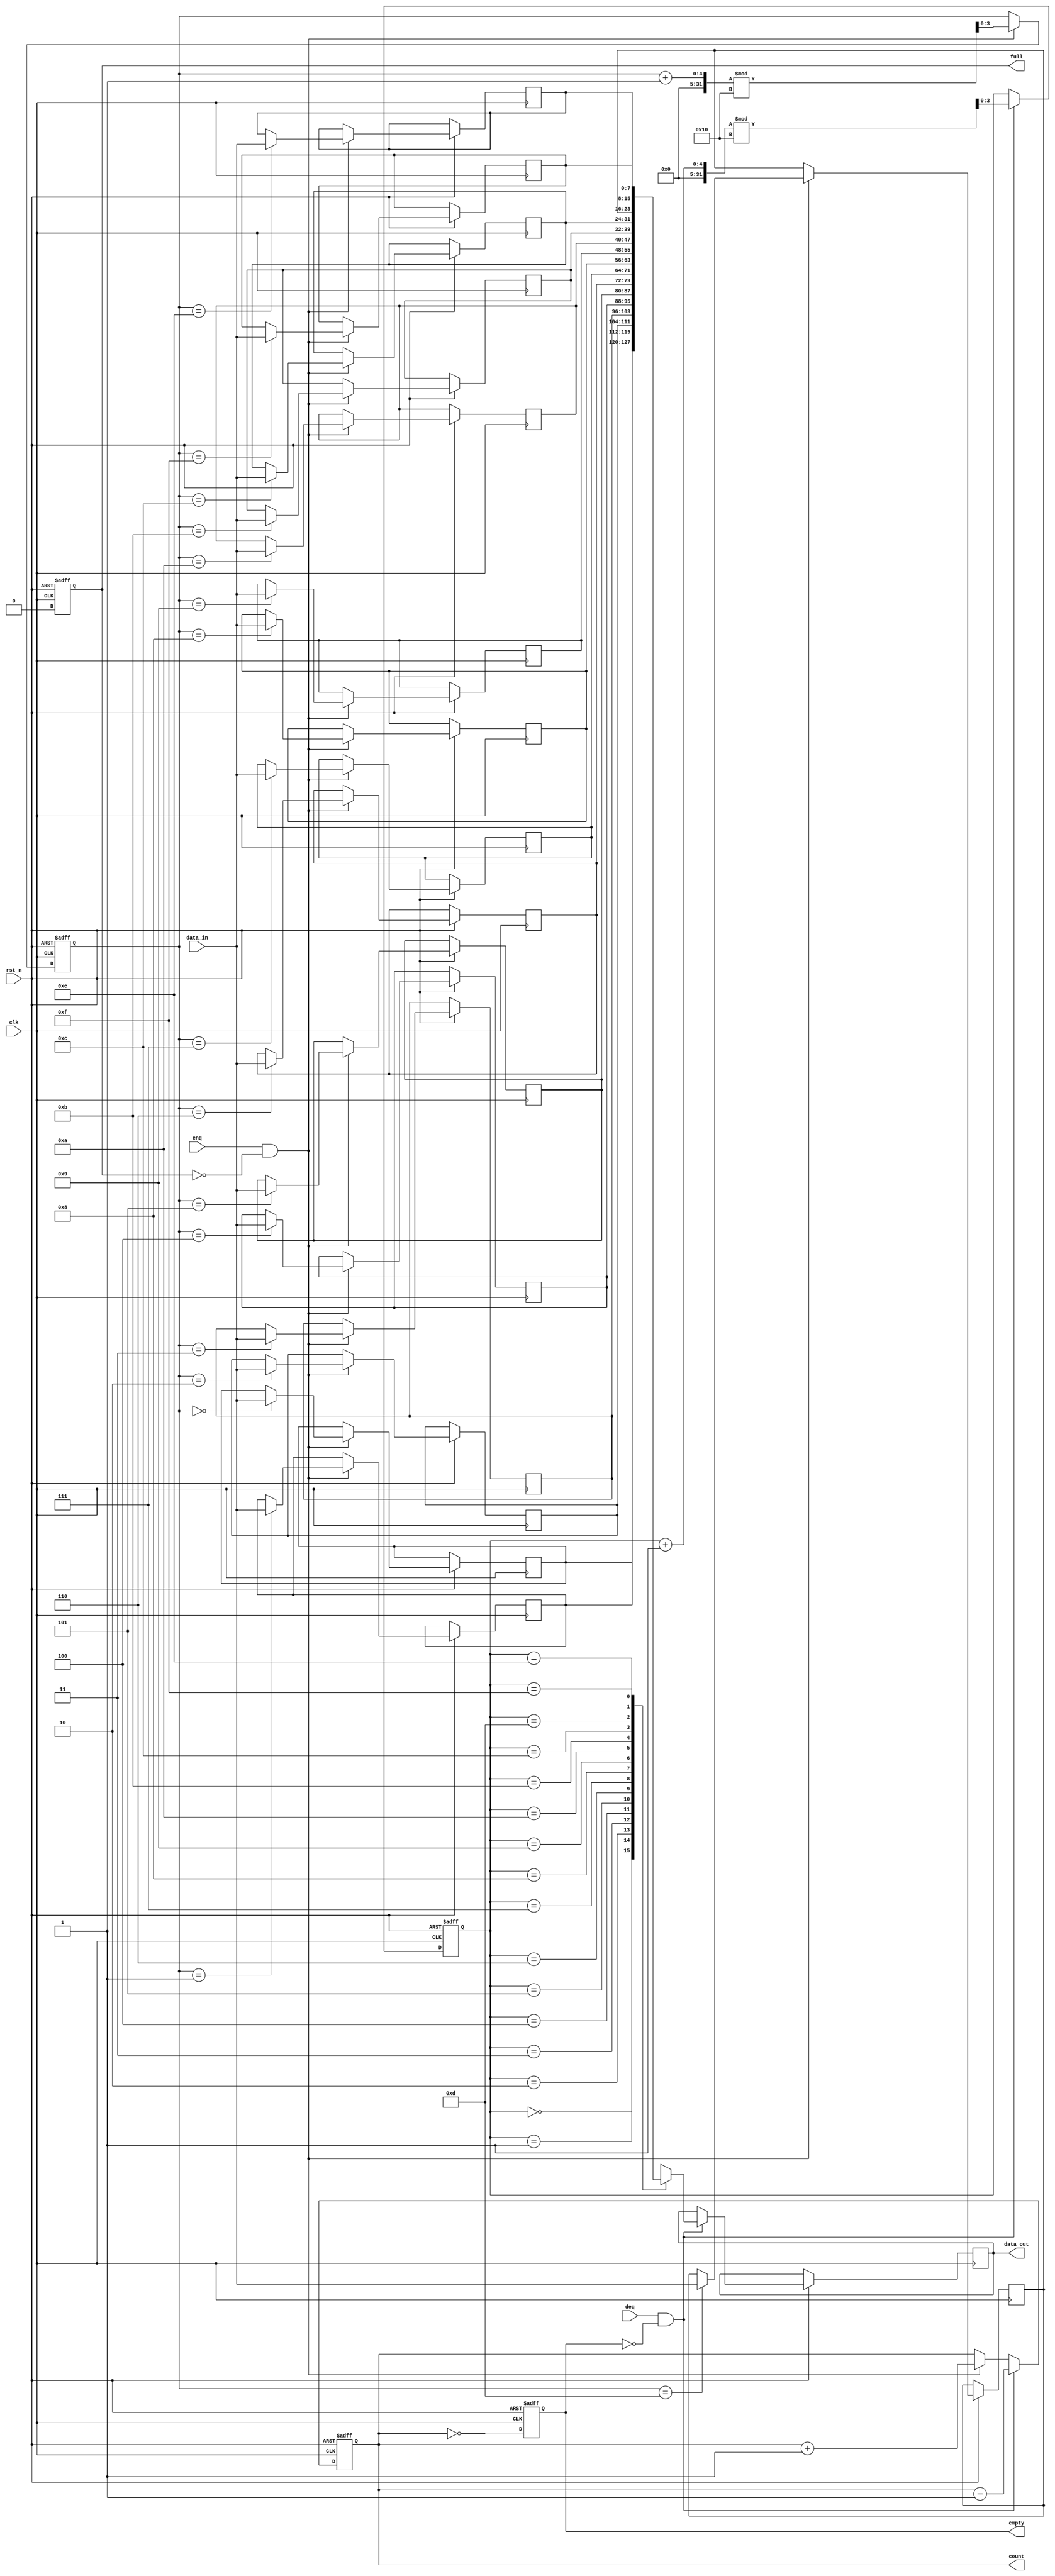
module parameterized_fifo #(
    parameter DATA_WIDTH = 8,      // Width of each data entry
    parameter FIFO_DEPTH = 16       // Depth of the FIFO
) (
    input wire clk,                 // Clock signal
    input wire rst_n,               // Asynchronous reset (active low)
    input wire [DATA_WIDTH-1:0] data_in, // Data input
    input wire enq,                 // Enqueue control signal
    input wire deq,                 // Dequeue control signal
    output reg [DATA_WIDTH-1:0] data_out, // Data output
    output reg full,                // FIFO full indicator
    output reg empty,               // FIFO empty indicator
    output reg [$clog2(FIFO_DEPTH)-1:0] count // Current count of items
);

    // Internal memory array
    reg [DATA_WIDTH-1:0] fifo_mem [0:FIFO_DEPTH-1];
    reg [$clog2(FIFO_DEPTH)-1:0] write_ptr; // Write pointer
    reg [$clog2(FIFO_DEPTH)-1:0] read_ptr;  // Read pointer

    // Initialize pointers and status flags
    always @(posedge clk or negedge rst_n) begin
        if (!rst_n) begin
            write_ptr <= 0;
            read_ptr <= 0;
            count <= 0;
            full <= 0;
            empty <= 1;
        end else begin
            // Enqueue operation
            if (enq && !full) begin
                fifo_mem[write_ptr] <= data_in; // Store data
                write_ptr <= (write_ptr + 1) % FIFO_DEPTH; // Wrap around
                count <= count + 1; // Increment count
            end
            
            // Dequeue operation
            if (deq && !empty) begin
                data_out <= fifo_mem[read_ptr]; // Read data
                read_ptr <= (read_ptr + 1) % FIFO_DEPTH; // Wrap around
                count <= count - 1; // Decrement count
            end
            
            // Update full and empty flags
            full <= (count == FIFO_DEPTH);
            empty <= (count == 0);
        end
    end

endmodule